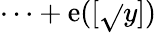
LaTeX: \cdots+\mathrm{e}([\sqrt{}{{y}}])